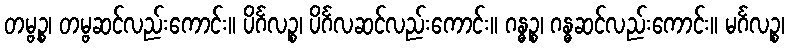
တမ္ဗဉ္စ၊ တမ္ဗဆင်လည်းကောင်း။ ပိင်္ဂလဉ္စ၊ ပိင်္ဂလဆင်လည်းကောင်း။ ဂန္ဓဉ္စ၊ ဂန္ဓဆင်လည်းကောင်း။ မင်္ဂလဉ္စ၊